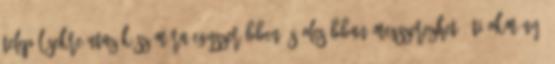
településekre utazók számára egyszerűbben és olcsóbban megszerezhető úti okmány,